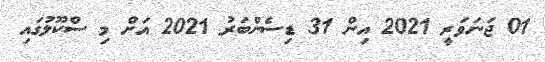
01 ޖަނަވަރީ 2021 އިން 31 ޑިސެންބަރު 2021 އަށް މި ސްކޫލުގައި